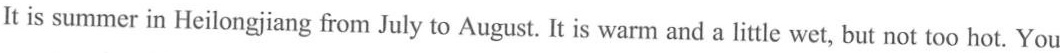
It is summer in Heilongjiang from July to August. It is warm and a little wet, but not too hot. You